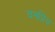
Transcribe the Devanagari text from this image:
वनप्रिय